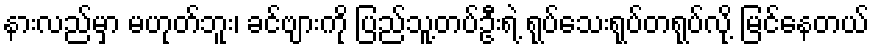
နားလည်မှာ မဟုတ်ဘူး၊ ခင်ဗျားကို ပြည်သူ့တပ်ဦးရဲ့ ရုပ်သေးရုပ်တရုပ်လို့ မြင်နေတယ်